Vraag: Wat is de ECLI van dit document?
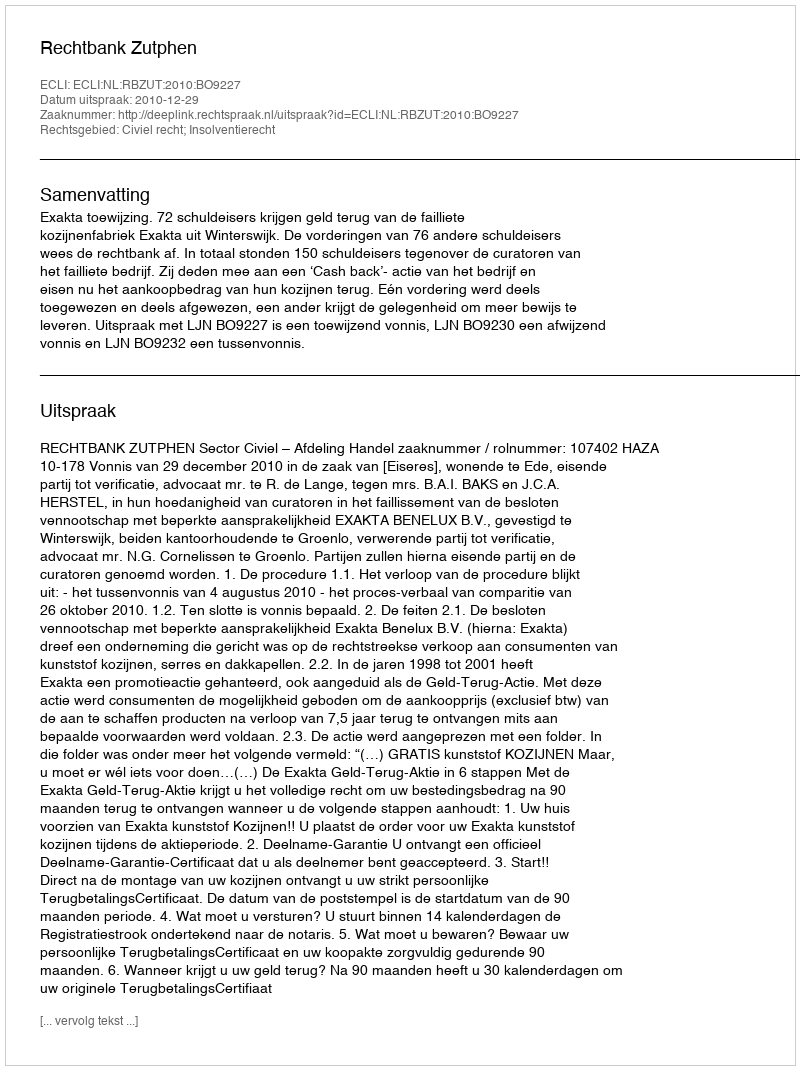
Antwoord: ECLI:NL:RBZUT:2010:BO9227